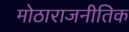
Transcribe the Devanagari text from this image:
मोठाराजनीतिक